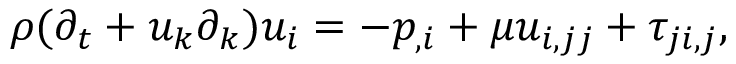
\rho ( \partial _ { t } + u _ { k } \partial _ { k } ) u _ { i } = - p _ { , i } + \mu u _ { i , j j } + \tau _ { j i , j } ,